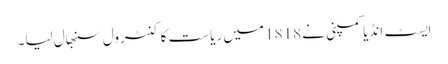
ایسٹ انڈیا کمپنی نے 1818 میں ریاست کا کنٹرول سنبھال لیا۔